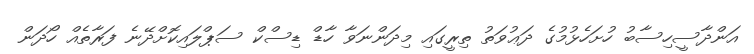
އަންދާސީހިސާބު ހުށަހެޅުމުގެ ދަޢުވަތު ތިރީގައި މިދަންނަވާ ހާޑް ޑިސްކް ސަޕްލައިކޮށްދޭނެ ފަރާތެއް ހޯދަން